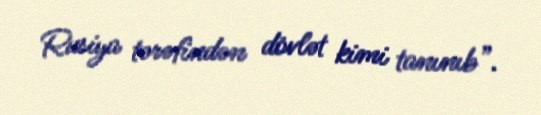
Rusiya tərəfindən dövlət kimi tanınıb”.